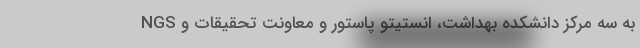
NGS به سه مرکز دانشکده بهداشت، انستیتو پاستور و معاونت تحقیقات و